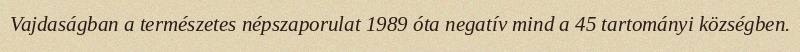
Vajdaságban a természetes népszaporulat 1989 óta negatív mind a 45 tartományi községben.